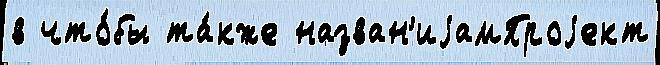
в что́бы та́кже назван'иjамПроjект